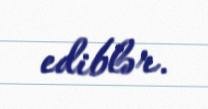
ediblər.